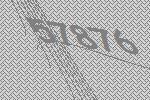
57876